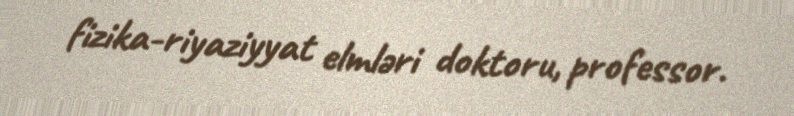
fizika-riyaziyyat elmləri doktoru, professor.